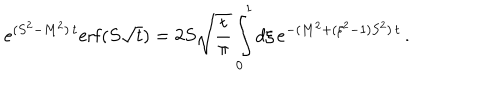
e ^ { ( S ^ { 2 } - M ^ { 2 } ) \, t } \mathrm { e r f } ( S \sqrt t ) = 2 S \sqrt { \frac t \pi } \int _ { 0 } ^ { 1 } d \xi \, e ^ { - ( M ^ { 2 } + ( \xi ^ { 2 } - 1 ) S ^ { 2 } ) \, t } \, .